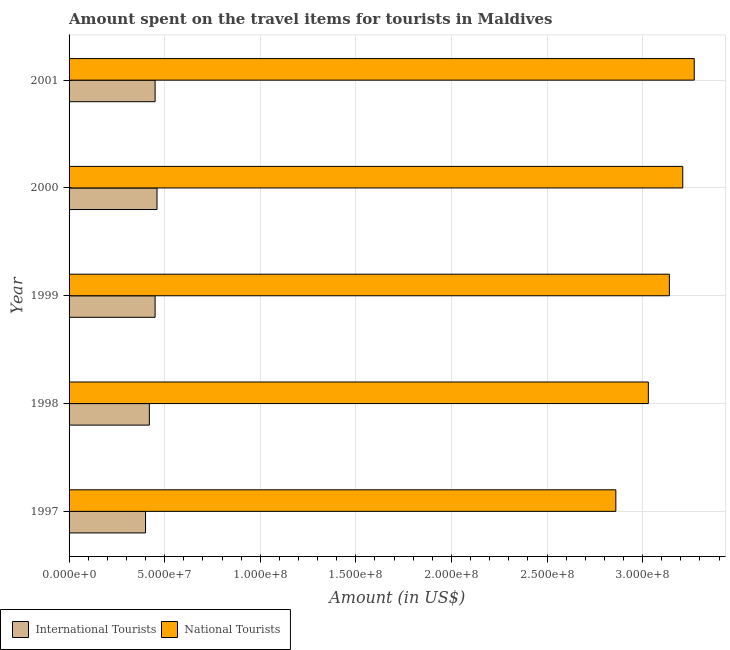
| Year | International Tourists | National Tourists |
 | --- | --- | --- |
 | 1997 | 4e+07 | 2.86e+08 |
 | 1998 | 4.2e+07 | 3.03e+08 |
 | 1999 | 4.5e+07 | 3.14e+08 |
 | 2000 | 4.6e+07 | 3.21e+08 |
 | 2001 | 4.5e+07 | 3.27e+08 |